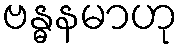
ဗန္ဓနမာဟု